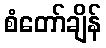
စံတော်ချိန်